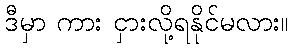
ဒီမှာ ကား ငှားလို့ရနိုင်မလား။